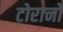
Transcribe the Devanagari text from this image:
टोरानो